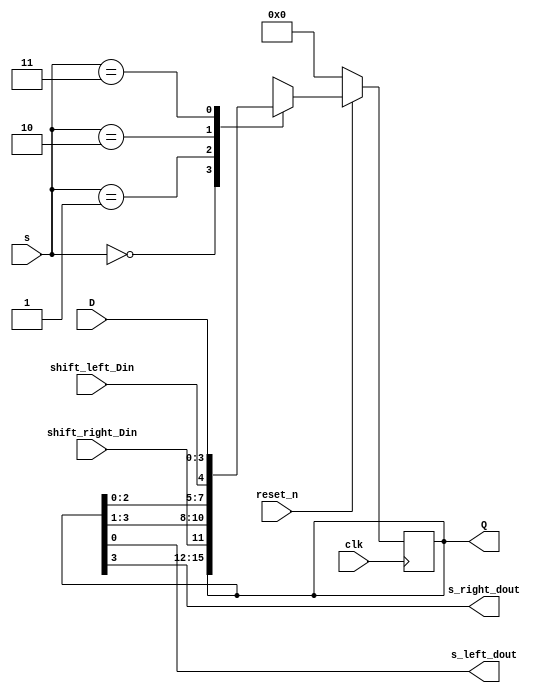
// parametrized shift register

module regi 
				#(parameter n = 4)
		
	      	(
					input clk,reset_n,
					input [1:0] s,
					input [n-1:0] D,
					output reg [n-1:0] Q,
					input shift_right_Din,shift_left_Din,
					output s_left_dout, 
					output s_right_dout
				);
				
				always @ (posedge clk)
					begin
						if (~reset_n)
						   Q <= 4'b0000;
						else
							begin 
								Q <= Q;
								 case (s)
								    2'b00: Q <= Q;
								    2'b01: Q <= {shift_right_Din,Q[n-1:1]};
								    2'b10: Q <= {Q[n-2:0],shift_left_Din};
								    2'b11: Q <= D;
								    default: Q <= Q;
								 endcase
							end
					 end
					 
					 
				 assign s_left_dout = Q [0];
				 assign s_right_dout = Q[n-1];
				 
endmodule